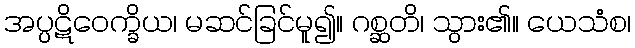
အပ္ပဋိဝေက္ခိယ၊ မဆင်ခြင်မူ၍။ ဂစ္ဆတိ၊ သွား၏။ ယေသံစ၊